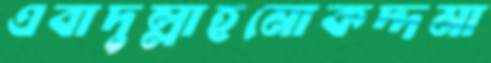
এবাদুল্লাহমোকদ্দমা